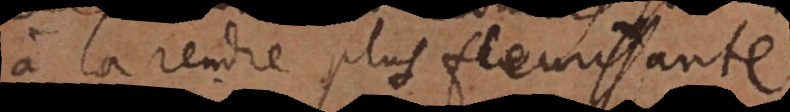
à la rendre plus fleurissante.